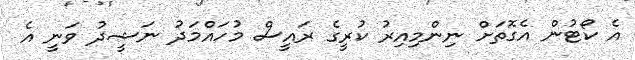
އެ ކޯޓުން އެގޮތަށް ނިންމިއިރު ކުރީގެ ރައީސް މުހައްމަދު ނަޝީދު ވަނީ އެ